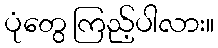
ပုံတွေ ကြည့်ပါလား။